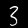
Digit: 3